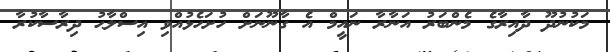
މަކުނުދޫ ދާއިރާގެ މެންބަރު އަނާރާ ނައީމް އެ ގާނޫނަށް ހުށަހެޅުއްވި އިސްލާޙު ދިރާސާކުރާ